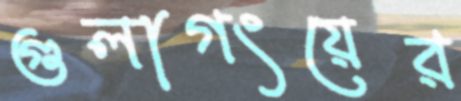
গুলাগংয়ের